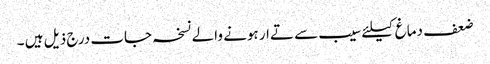
ضعف دماغ کیلئے سیب سے تےار ہونے والے نسخہ جات درج ذیل ہیں ۔